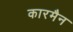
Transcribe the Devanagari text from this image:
कारमैन